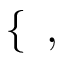
\left\{ \begin{array} { r l } \end{array} \right. \, ,